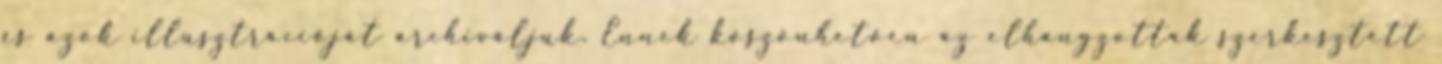
és azok illusztrációját archiváljuk. Ennek köszönhetően az elhangzottak szerkesztett